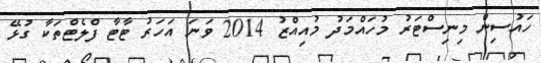
ހައުސިން މިނިސްޓަރު މުހައްމަދު މުއިއްޒު 2014 ވަނަ އަހަރު ޓާޓާ ފްލެޓްތަކާ ގުޅޭ